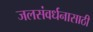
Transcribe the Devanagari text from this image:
जलसंवर्धनासाठी